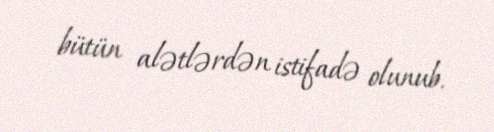
bütün alətlərdən istifadə olunub.